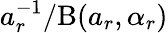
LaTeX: a_{r}^{-1}/\mathrm{B}(a_{r},\alpha_{r})